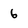
Character: 6